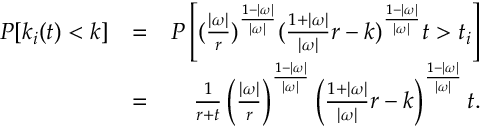
\begin{array} { r l r } { P [ k _ { i } ( t ) < k ] } & { = } & { P \left[ ( \frac { | \omega | } { r } ) ^ { \frac { 1 - | \omega | } { | \omega | } } ( \frac { 1 + | \omega | } { | \omega | } r - k ) ^ { \frac { 1 - | \omega | } { | \omega | } } t > t _ { i } \right] } \\ & { = } & { \frac { 1 } { r + t } \left( \frac { | \omega | } { r } \right) ^ { \frac { 1 - | \omega | } { | \omega | } } \left( \frac { 1 + | \omega | } { | \omega | } r - k \right) ^ { \frac { 1 - | \omega | } { | \omega | } } t . } \end{array}